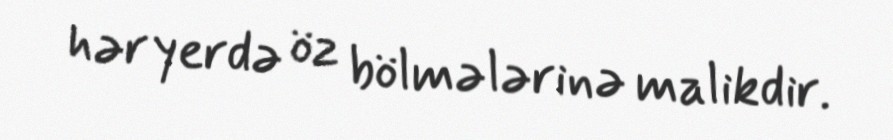
hər yerdə öz bölmələrinə malikdir.